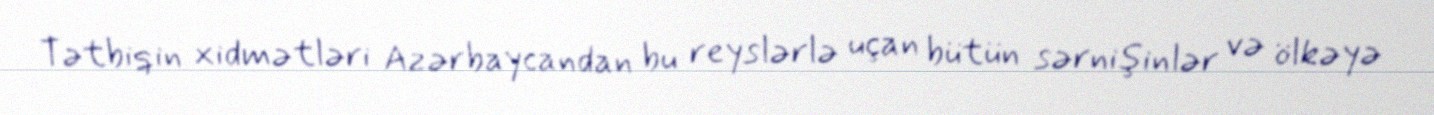
Tətbiqin xidmətləri Azərbaycandan bu reyslərlə uçan bütün sərnişinlər və ölkəyə